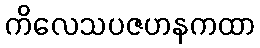
ကိလေသပဇဟနကထာ